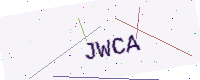
Text: JWCA